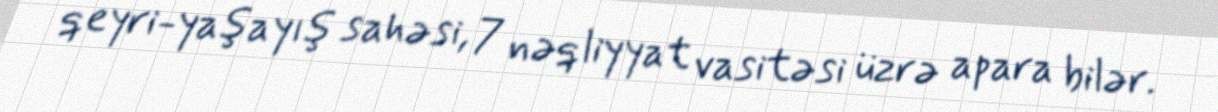
qeyri-yaşayış sahəsi, 7 nəqliyyat vasitəsi üzrə apara bilər.